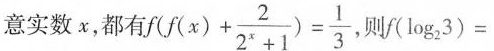
意实数x，都有 $$f ( f ( x ) + \frac { 2 } { 2 ^ { x } + 1 } ) = \frac { 1 } { 3 }$$ ，则 $$f ( \log _ { 2 } 3 ) =